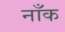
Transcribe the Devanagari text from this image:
नाँक